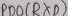
Text: PB0